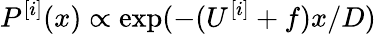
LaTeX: P^{[i]}(x)\propto\exp({-(U^{[i]}+f)x/D})